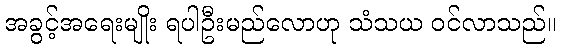
အခွင့်အရေးမျိုး ရပါဦးမည်လောဟု သံသယ ဝင်လာသည်။